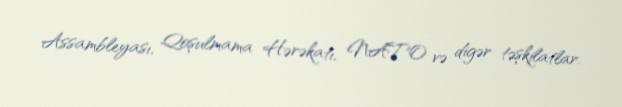
Assambleyası, Qoşulmama Hərəkatı, NATO və digər təşkilatlar.